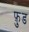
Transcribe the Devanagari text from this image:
फ़ु़ड